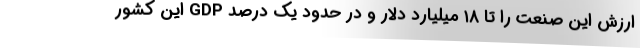
ارزش این صنعت را تا ۱۸ میلیارد دلار و در حدود یک درصد GDP این کشور